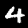
Digit: 4